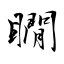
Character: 瞯